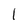
Character: l